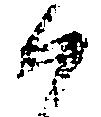
候